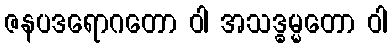
ဇနပဒရောဂတော ဝါ အသဒ္ဓမ္မတော ဝါ